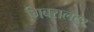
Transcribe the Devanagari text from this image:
गिबरालटर